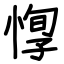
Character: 惸